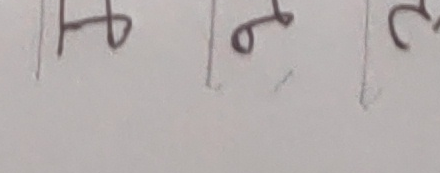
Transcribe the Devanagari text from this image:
४६२